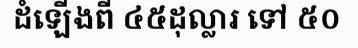
ដំឡើងពី ៤៥ដុល្លារ ទៅ ៥០